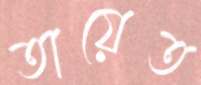
তায়েত